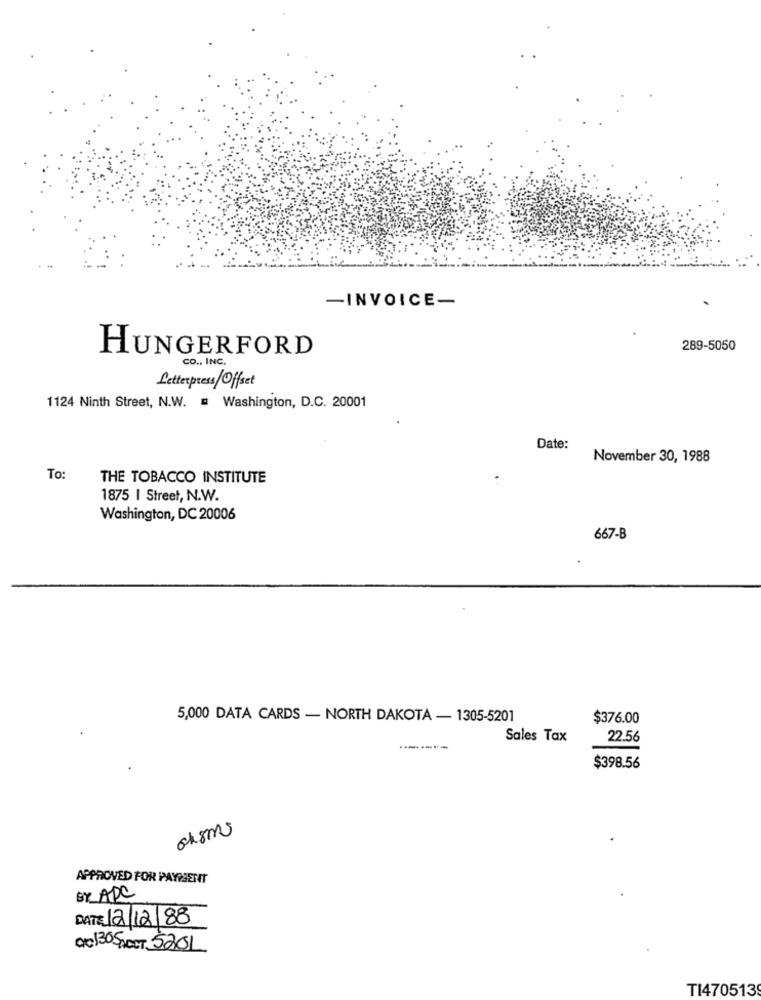
-INVOICE-
289-5050
HUNGERFORD
CO ., INC.
Letterpress /Offset
1124 Ninth Street, N.W. = Washington, D.C. 20001
Date:
November 30, 1988
To:
THE TOBACCO INSTITUTE
1875 | Street, N.W.
Washington, DC 20006
667-B
5,000 DATA CARDS - NORTH DAKOTA - 1305-5201
$376.00
Sales Tax
22.56
$398.56
oksms
APPROVED FOR PAYMENT
BY APC
DATE 12/12/88
Ce130SPECT 5201
TI470513